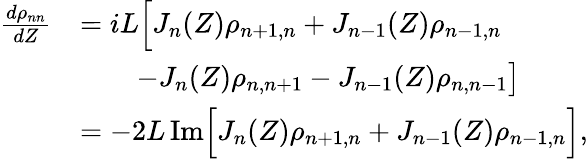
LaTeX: \begin{array}{rl}{\frac{d\rho_{nn}}{dZ}}&{=iL\Big[J_{n}(Z)\rho_{n+1,n}+J_{n-1}(Z)\rho_{n-1,n}}\\ &{\qquad-J_{n}(Z)\rho_{n,n+1}-J_{n-1}(Z)\rho_{n,n-1}\big]}\\ &{=-2L\, \mathrm{Im}\Big[J_{n}(Z)\rho_{n+1,n}+J_{n-1}(Z)\rho_{n-1,n}\Big],}\end{array}